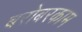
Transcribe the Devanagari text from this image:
बरोबरकाम